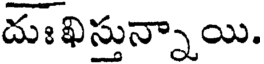
దుః ఖిస్తున్నాయి.